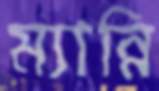
ম্যান্নি